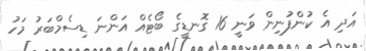
އަދި އެ ކުންފުނިން ވަނީ 16 ގޮނޑީގެ ބޯޓެއް އަންނަ ޑިސެމްބަރު މަހު